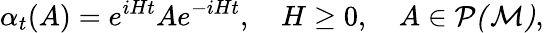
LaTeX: \alpha_{t}(A)=e^{iHt}Ae^{-iHt},\quad H\geq 0,\quad A\in\mathcal{P(M)},